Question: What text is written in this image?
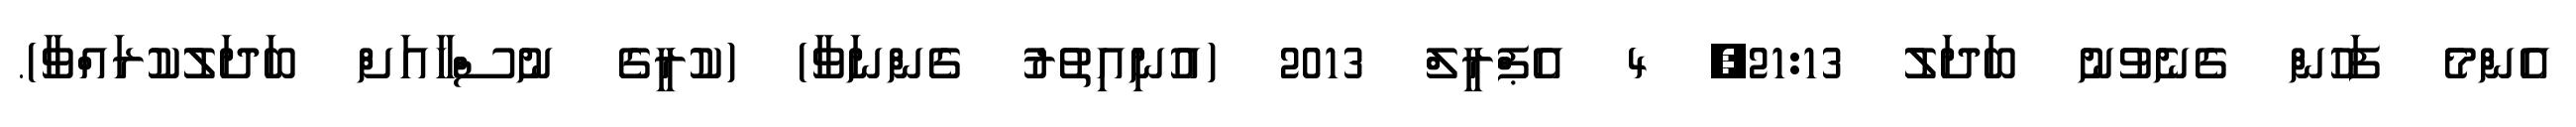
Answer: އެންމެ ފަހުން ގެނެވުނު ބަދަލު 21:13, 4 އެޕްރީލް 2013 (އުނިއިތުރު ގެންނަވާ) (ކުރީގެ ނުސްހާއަށް ބަދަލުކުރައްވާ).